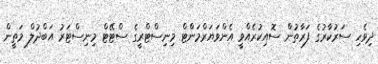
ދިވެހި ސަރުކާރުގެ ފަރާތުން ސޮއިކުރެއްވީ އެންވަޔަރްމަންޓް މިނިސްޓްރީގެ ސްޓޭޓް މިނިސްޓަރު އަބްދުލް މަތީން